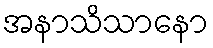
အနာသိသာနော